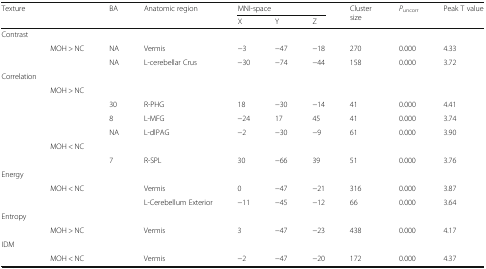
<table><thead><tr><td rowspan="2"><b>Texture</b></td><td rowspan="2"></td><td rowspan="2"><b>BA</b></td><td rowspan="2"><b>Anatomic region</b></td><td colspan="3"><b>MNI-space</b></td><td rowspan="2"><b>Cluster size</b></td><td rowspan="2"><b><i>P</i><sub>uncorr</sub></b></td><td rowspan="2"><b>Peak T value</b></td></tr><tr><td><b>X</b></td><td><b>Y</b></td><td><b>Z</b></td></tr></thead><tbody><tr><td colspan="10">Contrast</td></tr><tr><td></td><td>MOH &gt; NC</td><td>NA</td><td>Vermis</td><td>−3</td><td>−47</td><td>−18</td><td>270</td><td>0.000</td><td>4.33</td></tr><tr><td></td><td></td><td>NA</td><td>L-cerebellar Crus</td><td>−30</td><td>−74</td><td>−44</td><td>158</td><td>0.000</td><td>3.72</td></tr><tr><td colspan="10">Correlation</td></tr><tr><td></td><td colspan="9">MOH &gt; NC</td></tr><tr><td></td><td></td><td>30</td><td>R-PHG</td><td>18</td><td>−30</td><td>−14</td><td>41</td><td>0.000</td><td>4.41</td></tr><tr><td></td><td></td><td>8</td><td>L-MFG</td><td>−24</td><td>17</td><td>45</td><td>41</td><td>0.000</td><td>3.74</td></tr><tr><td></td><td></td><td>NA</td><td>L-dlPAG</td><td>−2</td><td>−30</td><td>−9</td><td>61</td><td>0.000</td><td>3.90</td></tr><tr><td></td><td colspan="9">MOH &lt; NC</td></tr><tr><td></td><td></td><td>7</td><td>R-SPL</td><td>30</td><td>−66</td><td>39</td><td>51</td><td>0.000</td><td>3.76</td></tr><tr><td colspan="10">Energy</td></tr><tr><td></td><td>MOH &lt; NC</td><td></td><td>Vermis</td><td>0</td><td>−47</td><td>−21</td><td>316</td><td>0.000</td><td>3.87</td></tr><tr><td></td><td></td><td></td><td>L-Cerebellum Exterior</td><td>−11</td><td>−45</td><td>−12</td><td>66</td><td>0.000</td><td>3.64</td></tr><tr><td colspan="10">Entropy</td></tr><tr><td></td><td>MOH &gt; NC</td><td></td><td>Vermis</td><td>3</td><td>−47</td><td>−23</td><td>438</td><td>0.000</td><td>4.17</td></tr><tr><td colspan="10">IDM</td></tr><tr><td></td><td>MOH &lt; NC</td><td></td><td>Vermis</td><td>−2</td><td>−47</td><td>−20</td><td>172</td><td>0.000</td><td>4.37</td></tr></tbody></table>